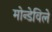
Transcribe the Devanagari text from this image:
मोन्डेविले